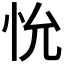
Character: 𪫤